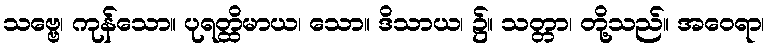
သဗ္ဗေ၊ ကုန်သော။ ပုရတ္ထိမာယ၊ သော။ ဒိသာယ၊ ၌။ သတ္တာ၊ တို့သည်။ အဝေရာ၊